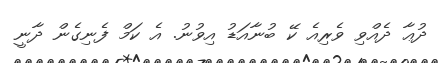
ދުޢާ ދެއްވި ވެރިއެ ކޭ ބުނާއަޑު އިވުނު. އެ ކަމް ފެނިގެން ދާނީ